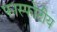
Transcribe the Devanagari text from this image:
फास्फोटीय